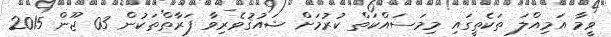
ވީމާ އަމިއްލަ ތަކެތީގައި މިމަސައްކަތް ކުރުމަށް ޝައުޤުވެރިވާ ފަރާތްތަކުން 03 ޖޫން 2015